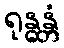
ရုန္ဓန္တံ